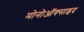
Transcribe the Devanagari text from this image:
मोनोऑक्साइद